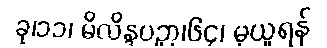
ခု၊၁၁၊ မိလိန္ဒပဉှာ၊၆၄၊ မှယူရန်